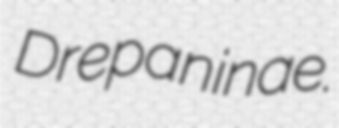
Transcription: Drepaninae.